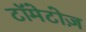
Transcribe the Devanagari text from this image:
टॉमेटोज़